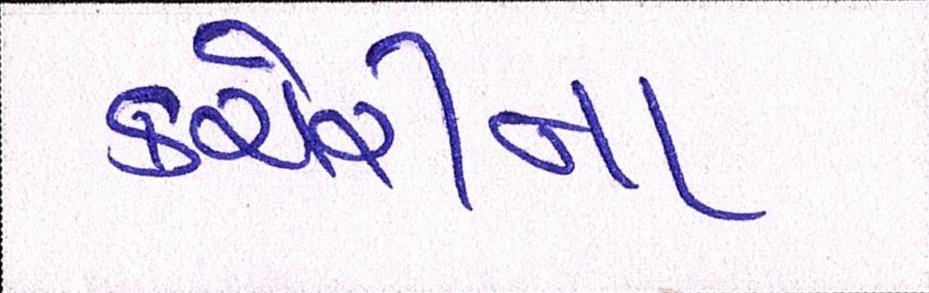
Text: કચેરીના